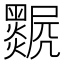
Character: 𤓅